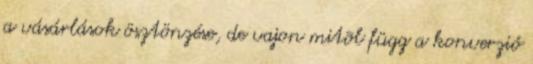
a vásárlások ösztönzése, de vajon mitõl függ a konverzió